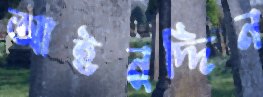
আইনুদ্দিন